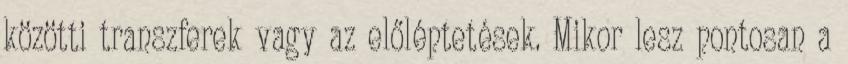
közötti transzferek vagy az előléptetések. Mikor lesz pontosan a